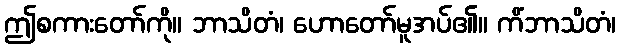
ဤစကားတော်ကို။ ဘာသိတံ၊ ဟောတော်မူအပ်၏။ ကိံဘာသိတံ၊